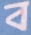
ব